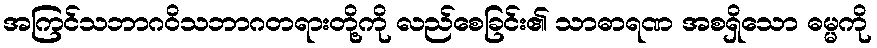
အကြင်သဘာဂဝိသဘာဂတရားတို့ကို လည်စေခြင်း၏ သာဓာရဏ အစရှိသော ဓမ္မကို